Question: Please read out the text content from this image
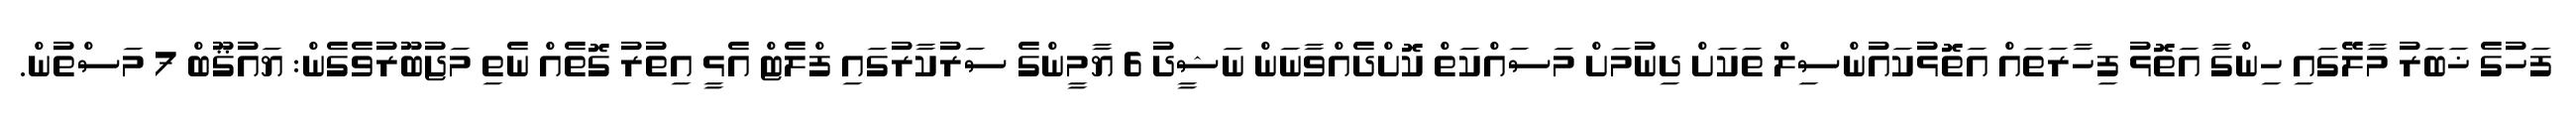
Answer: ފަހުގެ ޚަބަރު މާލޭގައި ހިންގާ އަތޮޅު ފިހާރަތައް އަތޮޅުކައުންސިލް ތަކަށް ދިނުމަށް މަސައްކަތް ކޮށްދެއްވާނަން ނަޝީދު 6 ޔާމީންގެ ސަރުކާރުގައި ފްލެޓް އެޅީ އިތުރު ގޮތެއް ނެތި މަޖުބޫރުވެގެން: ޔައުޤޫބް 7 މަސްތުން.